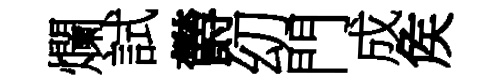
爛試欝㓜門成矦